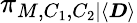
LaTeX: \pi_{M,C_{1},C_{2}|\langle\boldsymbol{D}\rangle}